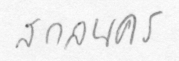
สกลนคร